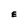
Character: E